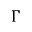
\Gamma